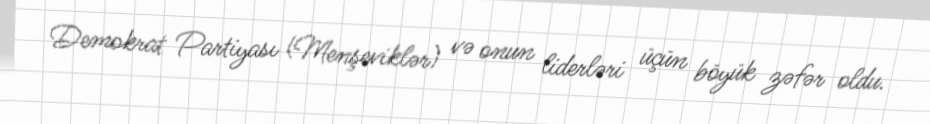
Demokrat Partiyası (Menşeviklər) və onun liderləri üçün böyük zəfər oldu.